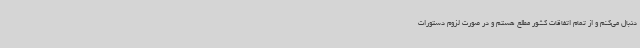
دنبال می‌کنم و از تمام اتفاقات کشور مطلع هستم و در صورت لزوم دستورات